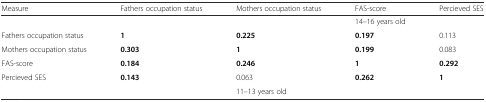
| Measure | Fathers occupation status | Mothers occupation status | FAS-score | Percieved SES |
 | --- | --- | --- | --- | --- |
 |  |  |  | 14–16 years old |  |
 | Fathers occupation status | 1 | 0.225 | 0.197 | 0.113 |
 | Mothers occupation status | 0.303 | 1 | 0.199 | 0.083 |
 | FAS-score | 0.184 | 0.246 | 1 | 0.292 |
 | Percieved SES | 0.143 | 0.063 | 0.262 | 1 |
 |  |  | 11–13 years old |  |  |